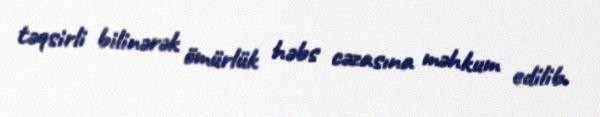
təqsirli bilinərək ömürlük həbs cəzasına məhkum edilib.